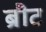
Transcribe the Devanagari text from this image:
ब्रौट